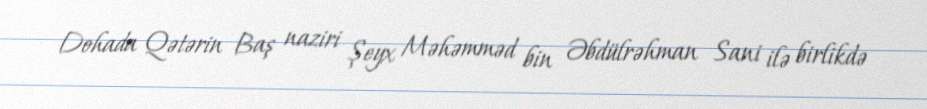
Dohada Qətərin Baş naziri Şeyx Məhəmməd bin Əbdülrəhman Sani ilə birlikdə